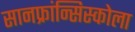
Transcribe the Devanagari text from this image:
सानफ्रांन्सिस्कोला